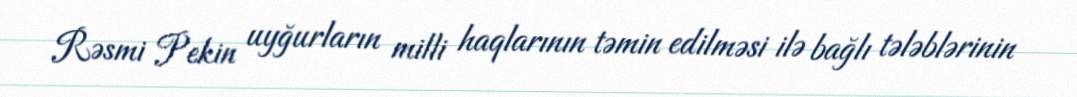
Rəsmi Pekin uyğurların milli haqlarının təmin edilməsi ilə bağlı tələblərinin